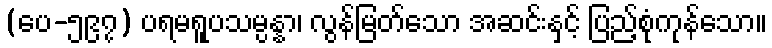
(ပေ-၅၉၇) ပရမရူပသမ္ပန္နာ၊ လွန်မြတ်သော အဆင်းနှင့် ပြည့်စုံကုန်သော။